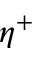
\eta ^ { + }